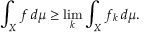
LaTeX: \int _ { X } f \, d \mu \geq \operatorname* { l i m } _ { k } \int _ { X } f _ { k } \, d \mu .